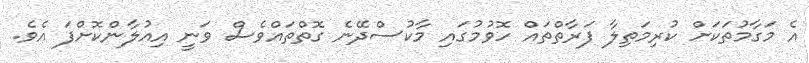
އެ މަގާމުތަކަށް ކުރިމަތިލާ ފަރާތްތައް ހޮވުމުގައި މާކުސްދޭނެ ގޮތްތައްވެސް ވަނީ އިއުލާންކޮށްފަ އެވެ.